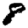
Digit: 8